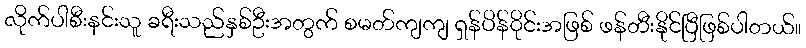
လိုက်ပါစီးနင်းသူ ခရီးသည်နှစ်ဦးအတွက် စမတ်ကျကျ ရှန်ပိန်ဝိုင်းအဖြစ် ဖန်တီးနိုင်ပြီဖြစ်ပါတယ်။